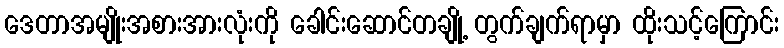
ဒေတာအမျိုးအစားအားလုံးကို ခေါင်းဆောင်တချို့ တွက်ချက်ရာမှာ ထိုးသင့်ကြောင်း